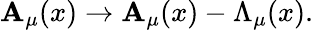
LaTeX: \mathbf{A}_{\mu}(x)\rightarrow\mathbf{A}_{\mu}(x)-\Lambda_{\mu}(x).